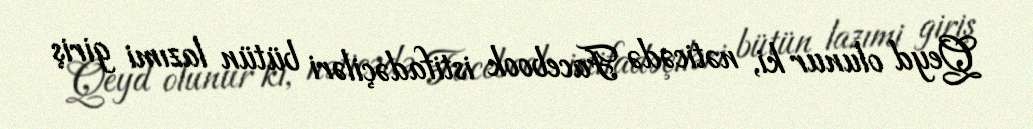
Qeyd olunur ki, nəticədə Facebook istifadəçiləri bütün lazımi giriş